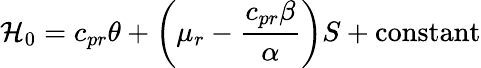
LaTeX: {\cal H}_{0}=c_{pr}\theta+\left(\mu_{r}-\frac{c_{pr}\beta}{\alpha}\right)S+\mathrm{constant}